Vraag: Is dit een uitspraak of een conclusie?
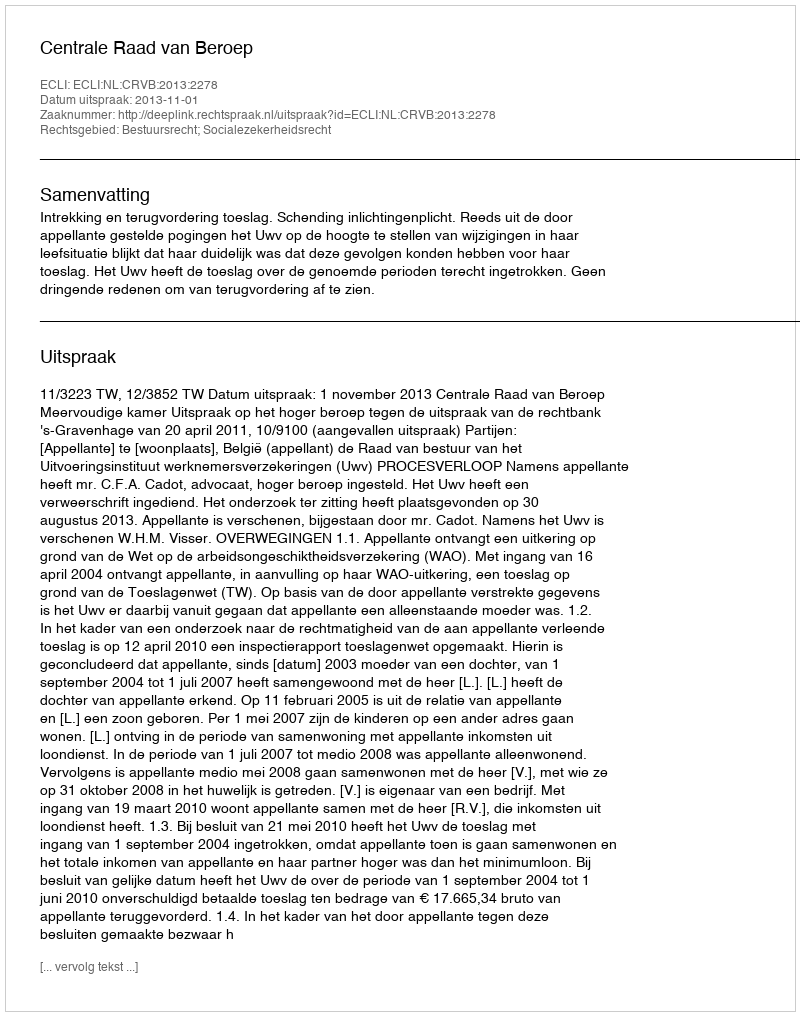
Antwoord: Uitspraak